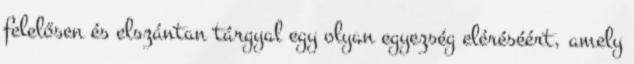
felelősen és elszántan tárgyal egy olyan egyezség eléréséért, amely